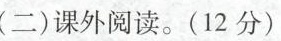
(二)课外阅读。(12分)